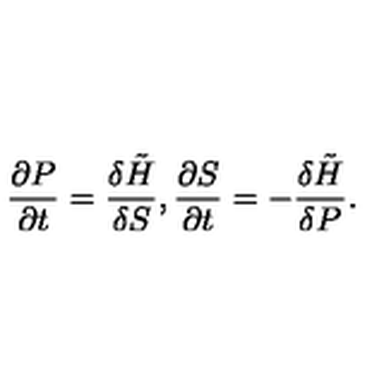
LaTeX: \frac { \partial P } { \partial t } = \frac { \delta \tilde { H } } { \delta S } , \frac { \partial S } { \partial t } = - \frac { \delta \tilde { H } } { \delta P } .